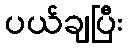
ပယ်ချပြီး